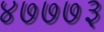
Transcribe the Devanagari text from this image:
४७७७३